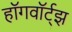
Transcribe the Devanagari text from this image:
हॉगवॉर्ट्झ